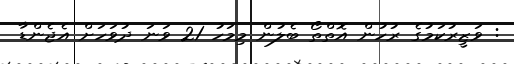
: ވަޒީރުކަމުގެ ރުހުން އޮތްތޯ ބެލުން މިމަހު 21 ވަނަ ދުވަހަށް އެޖެންޑާ